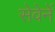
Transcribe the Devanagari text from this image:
सेवेनें